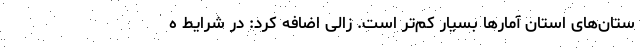
ستان‌های استان آمارها بسیار کم‌تر است. زالی اضافه کرد: در شرایط ه